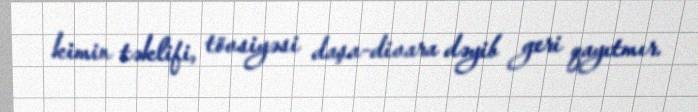
kimin təklifi, tövsiyəsi daşa-divara dəyib geri qayıtmır.